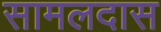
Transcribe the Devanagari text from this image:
सामलदास